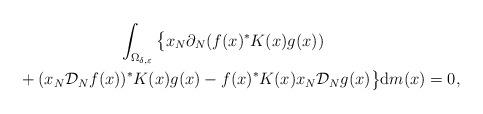
LaTeX: \begin{gather*}\int_{\Omega_{\delta,\varepsilon}}\big\{ x_{N}\partial_{N} ( f (x ) ^{\ast}K(x) g(x) ) \\\qquad{} + (x_{N}\mathcal{D}_{N}f(x) ) ^{\ast}K(x)g(x) -f(x) ^{\ast}K(x) x_{N}\mathcal{D}_{N}g(x) \big\} \mathrm{d}m(x)=0,\end{gather*}